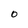
Character: O